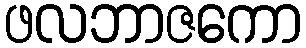
ဖလဘာဇကော